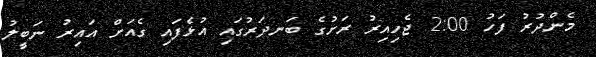
މެންދުރު ފަހު 2:00 ޖެހިއިރު ރަށުގެ ބަނދަރުގައި އުޅެފައި ގެއަށް އައިރު ނަބީލު